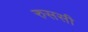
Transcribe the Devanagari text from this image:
रुससी